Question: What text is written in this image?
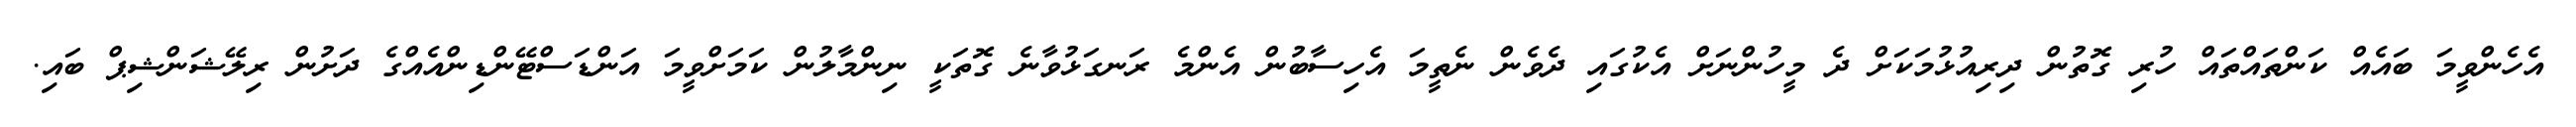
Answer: އެހެންވީމަ ބައެއް ކަންތައްތައް ހުރި ގޮތުން ދިރިއުޅުމަކަށް ދެ މީހުންނަށް އެކުގައި ދެވެން ނެތީމަ އެހިސާބުން އެންމެ ރަނގަޅުވާނެ ގޮތަކީ ނިންމާލުން ކަމަށްވީމަ އަންޑަސްޓޭންޑިންއެއްގެ ދަށުން ރިލޭޝަންޝިޕް ބައި.